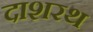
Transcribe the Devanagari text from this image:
दाशरथ